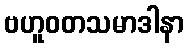
ဗဟူဝတသမာဒါနာ